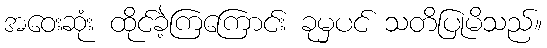
အဝေးဆုံး ထိုင်ခဲ့ကြကြောင်း ခုမှပင် သတိပြုမိသည်။